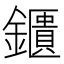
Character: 鑎